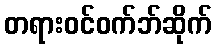
တရားဝင်ဝက်ဘ်ဆိုက်